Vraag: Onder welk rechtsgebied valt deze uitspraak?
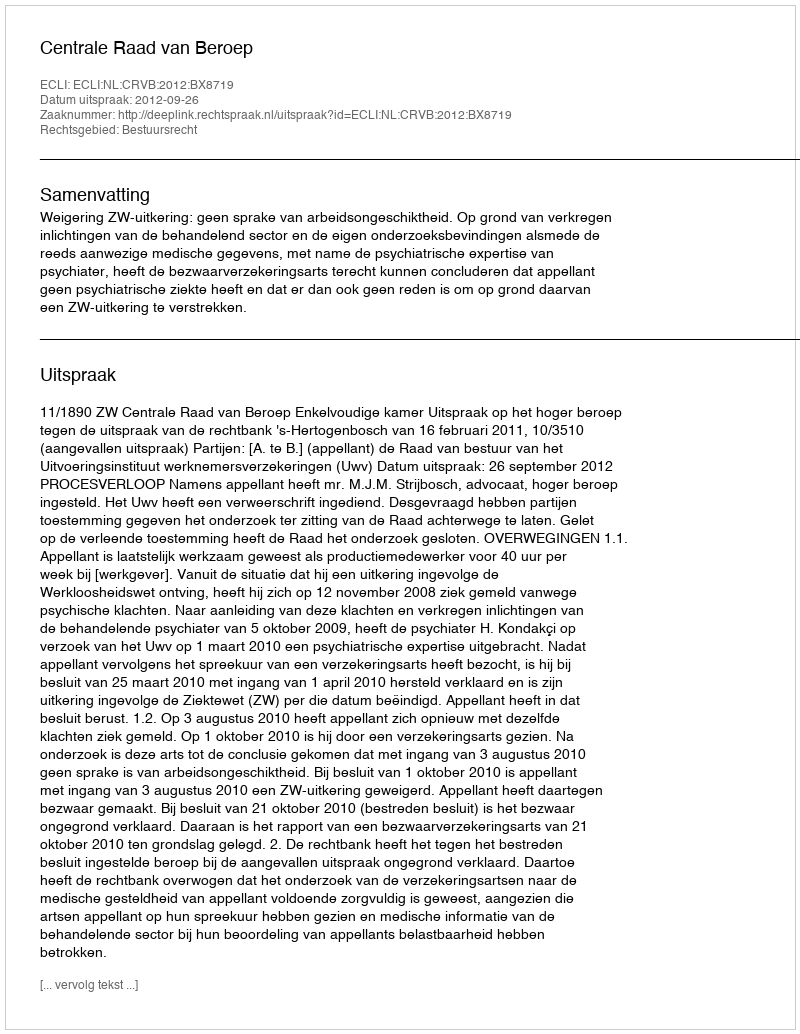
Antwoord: Bestuursrecht